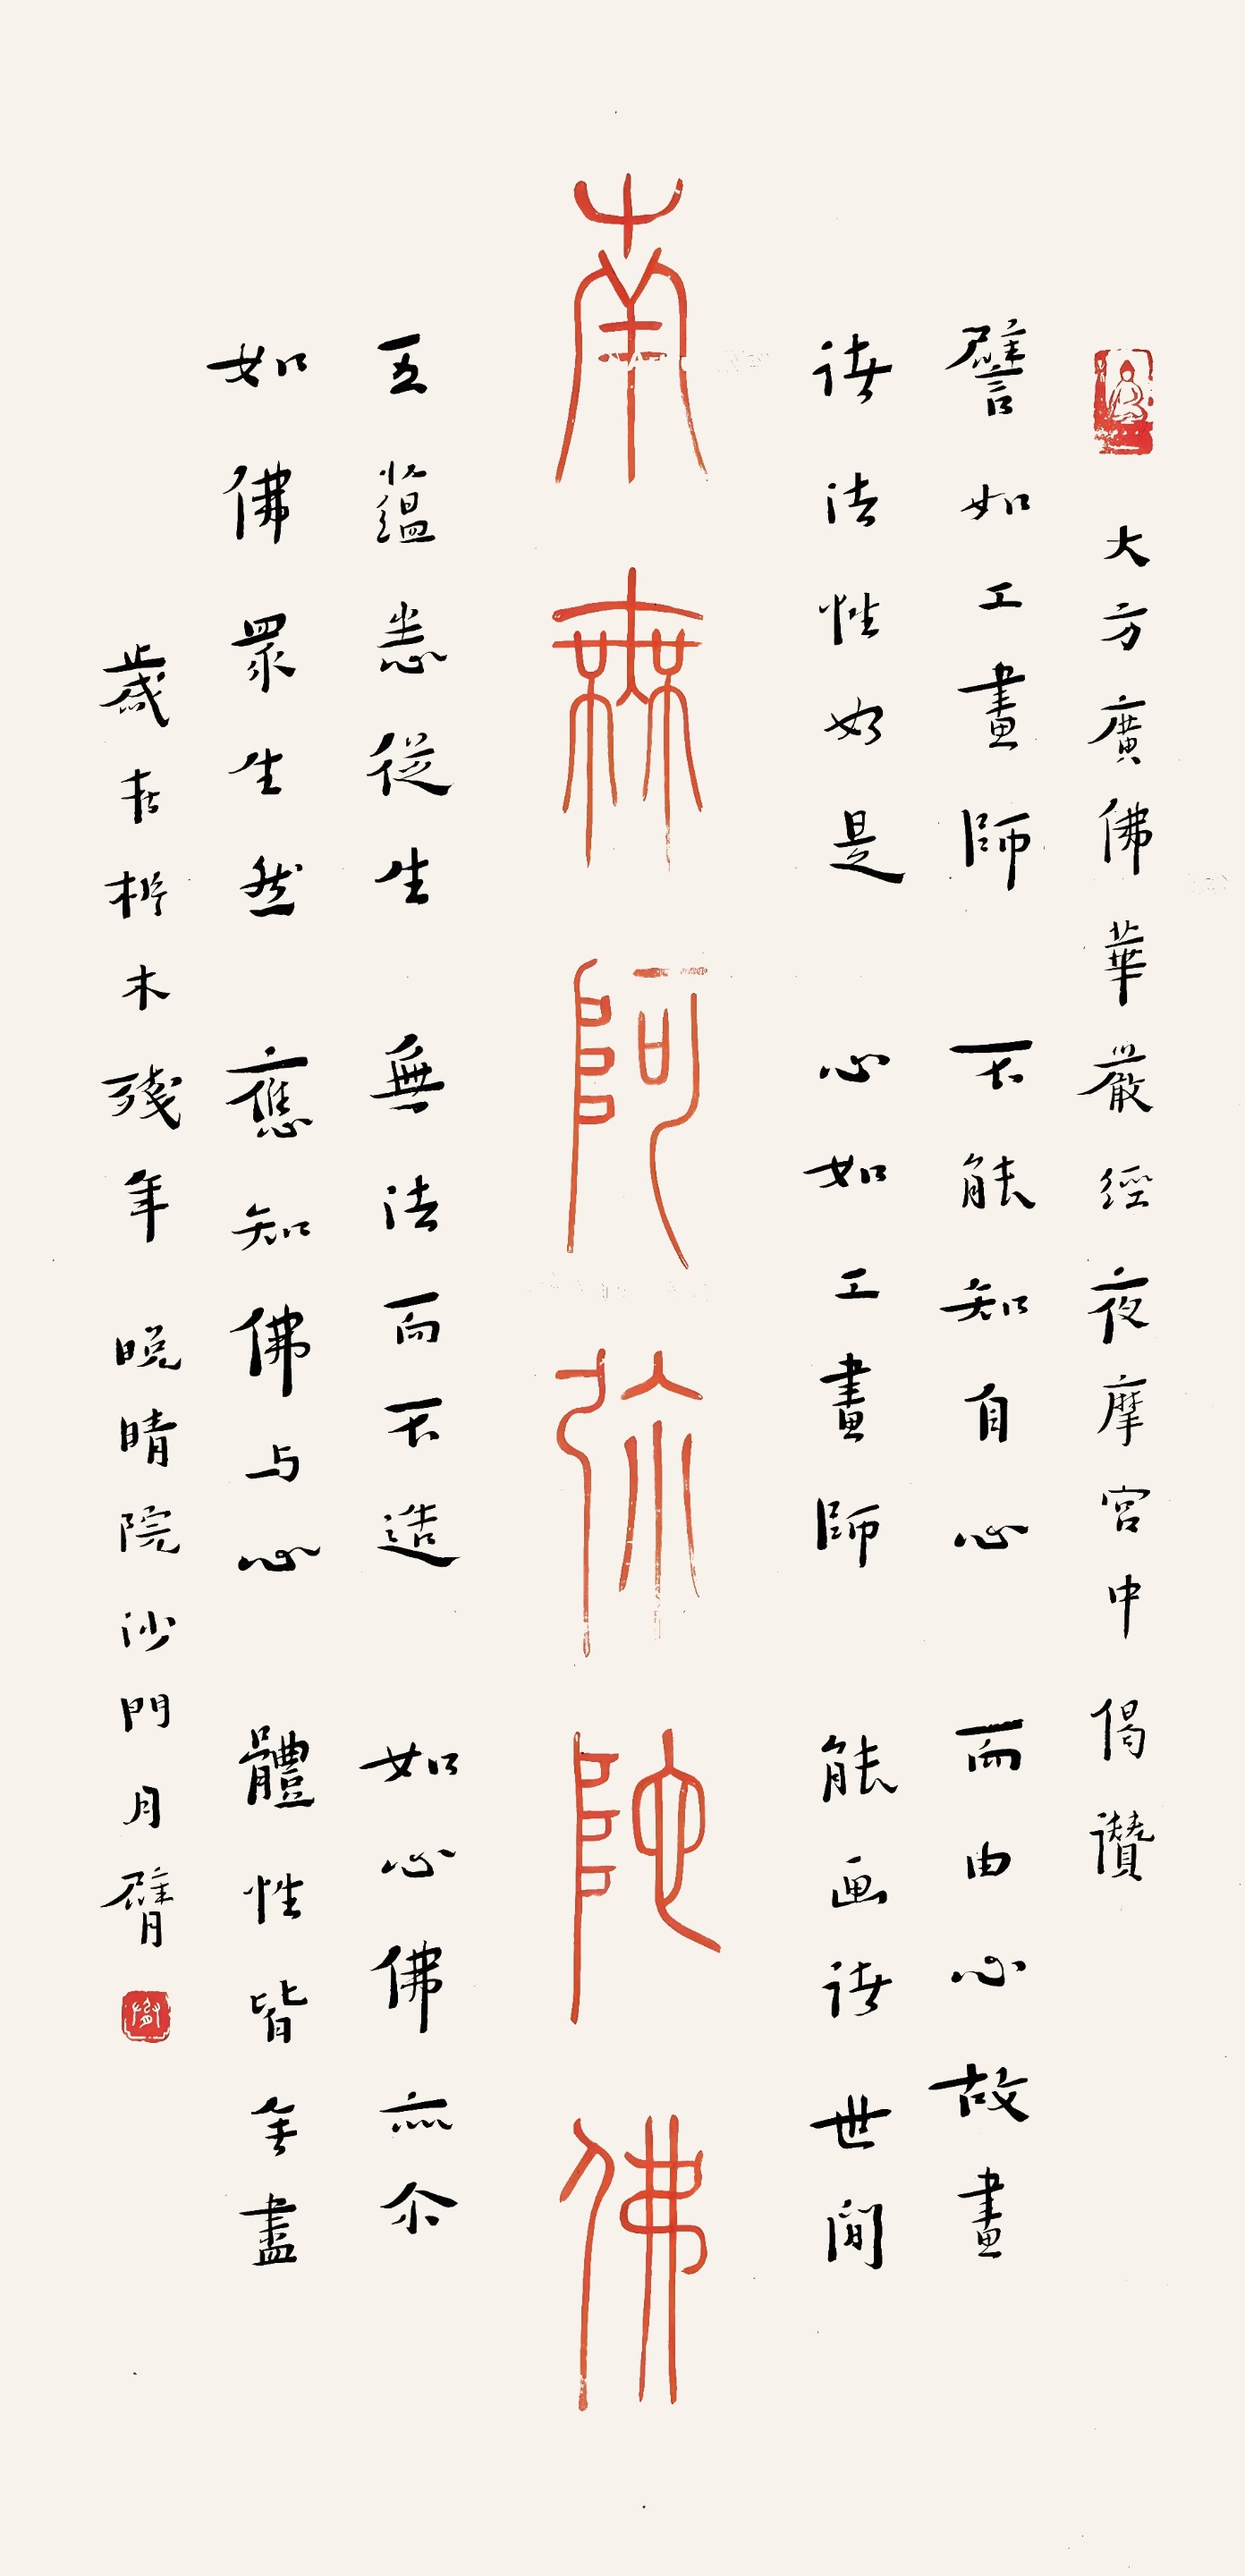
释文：南无阿弥陀佛。譬如工画师，不能知自心。而由心故画，诸法性如是。心如工画师，能画诸世间。五蕴悉从生，无法而不造。如心佛亦尔，如佛众生然。应知佛与心，体性皆无尽。大方广佛华严经夜摩宫中偈讃，岁在㭊木残年，晚晴院沙门月臂。